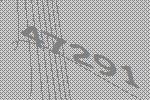
47291